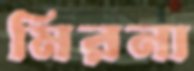
মিরনা